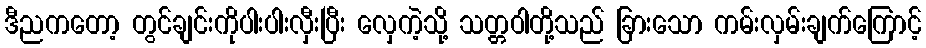
ဒီညကတော့ တွင်ချင်းကိုပါးပါးလှီးပြီး လှေကဲ့သို့ သတ္တဝါတို့သည် ခြားသော ကမ်းလှမ်းချက်ကြောင့်